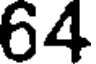
64